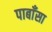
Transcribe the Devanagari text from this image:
पाबाँसा